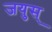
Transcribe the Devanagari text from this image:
जयुस्